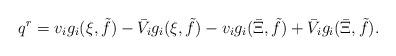
LaTeX: \begin{align*} q^r = v_i g_i(\xi,\tilde{f}) - \bar{V}_i g_i(\xi,\tilde{f}) - v_i g_i(\bar{\Xi},\tilde{f}) + \bar{V}_i g_i(\bar{\Xi},\tilde{f}).\end{align*}